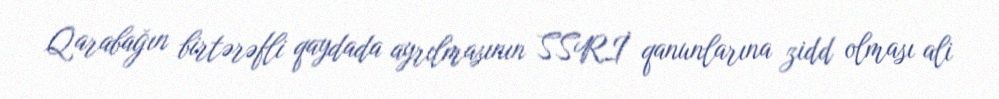
Qarabağın birtərəfli qaydada ayrılmasının SSRİ qanunlarına zidd olması ali